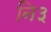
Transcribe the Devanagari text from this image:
नि३